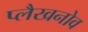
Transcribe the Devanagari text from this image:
प्लैखनोव